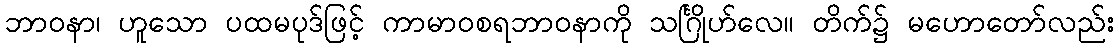
ဘာဝနာ၊ ဟူသော ပထမပုဒ်ဖြင့် ကာမာဝစရဘာဝနာကို သင်္ဂြိုဟ်လေ။ တိက်၌ မဟောတော်လည်း